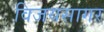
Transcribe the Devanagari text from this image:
विजयसागर